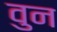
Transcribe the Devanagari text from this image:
वुन